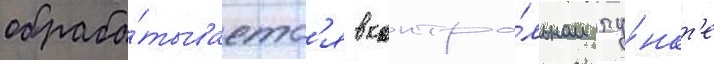
обраба́тываетс'я в контро́льном пу́нкт'е